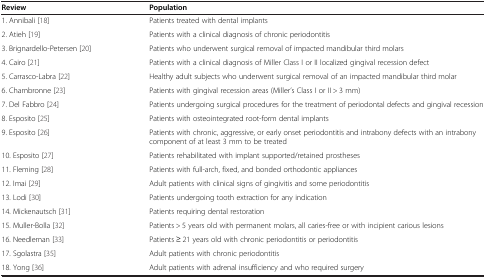
| Review | Population |
 | --- | --- |
 | 1. Annibali[18] | Patients treated with dental implants |
 | 2. Atieh[19] | Patients with a clinical diagnosis of chronic periodontitis |
 | 3. Brignardello-Petersen[20] | Patients who underwent surgical removal of impacted mandibular third molars |
 | 4. Cairo[21] | Patients with a clinical diagnosis of Miller Class I or II localized gingival recession defect |
 | 5. Carrasco-Labra[22] | Healthy adult subjects who underwent surgical removal of an impacted mandibular third molar |
 | 6. Chambronne[23] | Patients with gingival recession areas (Miller’s Class I or II > 3 mm) |
 | 7. Del Fabbro[24] | Patients undergoing surgical procedures for the treatment of periodontal defects and gingival recession |
 | 8. Esposito[25] | Patients with osteointegrated root-form dental implants |
 | 9. Esposito[26] | Patients with chronic, aggressive, or early onset periodontitis and intrabony defects with an intrabony component of at least 3 mm to be treated |
 | 10. Esposito[27] | Patients rehabilitated with implant supported/retained prostheses |
 | 11. Fleming[28] | Patients with full-arch, fixed, and bonded orthodontic appliances |
 | 12. Imai[29] | Adult patients with clinical signs of gingivitis and some periodontitis |
 | 13. Lodi[30] | Patients undergoing tooth extraction for any indication |
 | 14. Mickenautsch[31] | Patients requiring dental restoration |
 | 15. Muller-Bolla[32] | Patients > 5 years old with permanent molars, all caries-free or with incipient carious lesions |
 | 16. Needleman[33] | Patients ≥ 21 years old with chronic periodontitis or periodontitis |
 | 17. Sgolastra[35] | Adult patients with chronic periodontitis |
 | 18. Yong[36] | Adult patients with adrenal insufficiency and who required surgery |